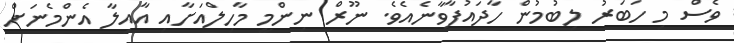
ވެސް މި ހަބަރު ލިބުމުން ހާދައުފާވާނެއެވެ. ނޫރް ނިންމީ މާހިލްއަށާއި އާއިލާ އެންމެނަށް